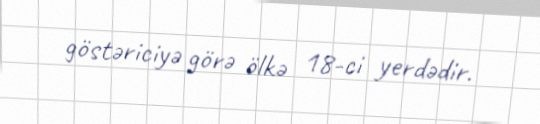
göstəriciyə görə ölkə 18-ci yerdədir.